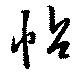
帖